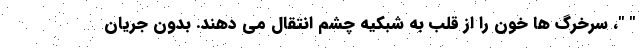
" "، سرخرگ ها خون را از قلب به شبکیه چشم انتقال می دهند. بدون جریان